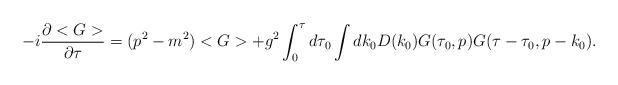
LaTeX: \begin{align*}-i \frac{\partial <G>}{\partial \tau} = (p^2 -m^2) <G> + g^2 \int_0^\tau d \tau_0 \int dk_0 D(k_0) G(\tau_0,p) G(\tau-\tau_0,p-k_0).\end{align*}